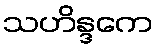
သဟိန္ဒကေ